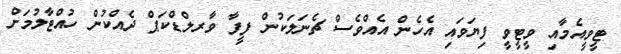
ޓީވީއެމާއި ވީޓީވީ ފިޔަވައި އެހެން އެއްވެސް ޗެނަލަކުން ފީފާ ވާރލްޑްކަޕް ދެއްކުން ހުއްޓާލުމަށް